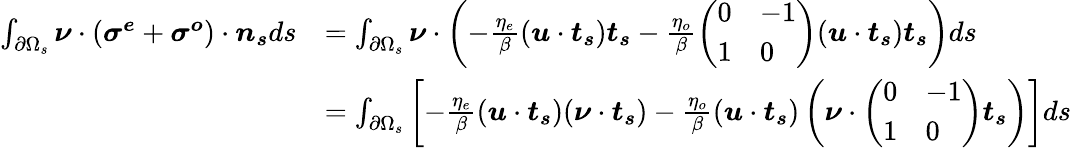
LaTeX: \begin{array}{rl}{\int_{\partial\Omega_{s}}\boldsymbol{\nu}\cdot(\boldsymbol{\sigma^{e}}+\boldsymbol{\sigma^{o}})\cdot\boldsymbol{n_{s}}ds}&{=\int_{\partial\Omega_{s}}\boldsymbol{\nu}\cdot\left(-\frac{\eta_{e}}{\beta}(\boldsymbol{u}\cdot\boldsymbol{t_{s}})\boldsymbol{t_{s}}-\frac{\eta_{o}}{\beta}\left(\begin{array}{ll}{0}&{-1}\\ {1}&{0}\end{array}\right)(\boldsymbol{u}\cdot\boldsymbol{t_{s}})\boldsymbol{t_{s}}\right)ds}\\ &{=\int_{\partial\Omega_{s}}\left[-\frac{\eta_{e}}{\beta}(\boldsymbol{u}\cdot\boldsymbol{t_{s}})(\boldsymbol{\nu}\cdot\boldsymbol{t_{s}})-\frac{\eta_{o}}{\beta}(\boldsymbol{u}\cdot\boldsymbol{t_{s}})\left(\boldsymbol{\nu}\cdot\left(\begin{array}{ll}{0}&{-1}\\ {1}&{0}\end{array}\right)\boldsymbol{t_{s}}\right)\right]ds}\end{array}